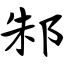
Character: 邾